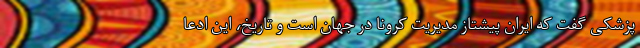
پزشکی گفت که ایران پیشتاز مدیریت کرونا در جهان است و تاریخ، این ادعا